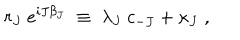
r _ { J } ~ e ^ { i J \beta _ { J } } \; \equiv \; \lambda _ { J } ~ c _ { - J } + \kappa _ { J } \; ,